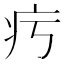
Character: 㽲